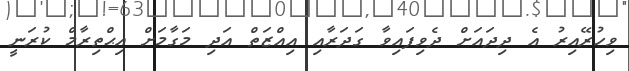
ވިހުރޭއިރު އެ ދިދައަށް ދެވިފައިވާ ގަދަރާއި އިއްޒަތް އަދި މަގާމަށް އިޙްތިރާމް ކުރަނީ